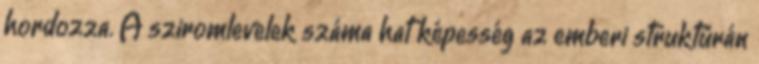
hordozza. A sziromlevelek száma hat képesség az emberi struktúrán